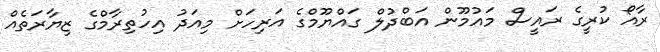
ރާއޯ ކުރީގެ ރައީސް މައުމޫން އަބްދުލް ގައްޔޫމްގެ އަރިހަށް މިއަދު އިހުތިރާމްގެ ޒިޔާރަތެއް